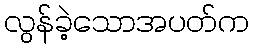
လွန်ခဲ့သောအပတ်က